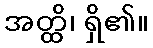
အတ္ထိ၊ ရှိ၏။